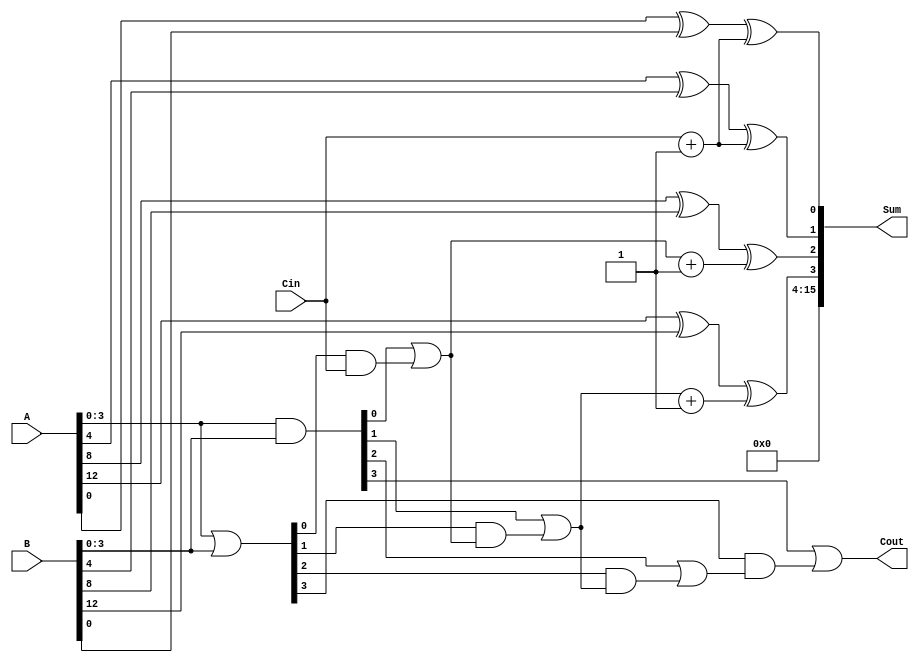
module HybridCarrySelectAdder (
    input [15:0] A,        // 16-bit input A
    input [15:0] B,        // 16-bit input B
    input Cin,             // Carry-in
    output [15:0] Sum,     // 16-bit Sum output
    output Cout            // Carry-out
);

    // Segment size
    localparam SEG_SIZE = 4; // 4-bit segments
    localparam NUM_SEGMENTS = 4; // 16 bits / 4 bits

    // Intermediate signals
    wire [NUM_SEGMENTS-1:0] S0, S1; // Sum outputs assuming carry-in 0 and 1
    wire [NUM_SEGMENTS-1:0] C0, C1; // Carry outputs assuming carry-in 0 and 1
    wire [NUM_SEGMENTS-1:0] P, G;    // Propagate and Generate signals
    wire [NUM_SEGMENTS:0] C;          // Carry signals

    // Generate and propagate for each segment
    genvar i;
    generate
        for (i = 0; i < NUM_SEGMENTS; i = i + 1) begin : segment
            // Segment inputs
            wire [SEG_SIZE-1:0] A_seg = A[(i+1)*SEG_SIZE-1 -: SEG_SIZE];
            wire [SEG_SIZE-1:0] B_seg = B[(i+1)*SEG_SIZE-1 -: SEG_SIZE];

            // Carry Select Adder logic
            assign S0[i] = A_seg ^ B_seg ^ (i == 0 ? Cin : C[i-1]);
            assign S1[i] = A_seg ^ B_seg ^ (i == 0 ? Cin + 1 : C[i-1] + 1);
            assign C0[i] = (A_seg & B_seg) | ((A_seg ^ B_seg) & (i == 0 ? Cin : C[i-1]));
            assign C1[i] = (A_seg & B_seg) | ((A_seg ^ B_seg) & (i == 0 ? Cin + 1 : C[i-1] + 1));
        end
    endgenerate

    // Carry Lookahead Logic
    assign P = A[3:0] | B[3:0]; // Propagate
    assign G = A[3:0] & B[3:0]; // Generate
    assign C[0] = Cin;

    generate
        for (i = 1; i < NUM_SEGMENTS+1; i = i + 1) begin : carry_logic
            assign C[i] = G[i-1] | (P[i-1] & C[i-1]);
        end
    endgenerate

    // Final Sum and Carry Output
    assign Sum = {S1[NUM_SEGMENTS-1], S1[NUM_SEGMENTS-2], S1[NUM_SEGMENTS-3], S1[NUM_SEGMENTS-4]};
    assign Cout = C[NUM_SEGMENTS];

endmodule